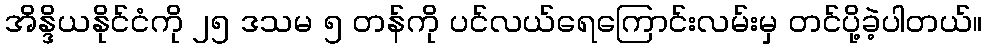
အိန္ဒိယနိုင်ငံကို ၂၅ ဒသမ ၅ တန်ကို ပင်လယ်ရေကြောင်းလမ်းမှ တင်ပို့ခဲ့ပါတယ်။